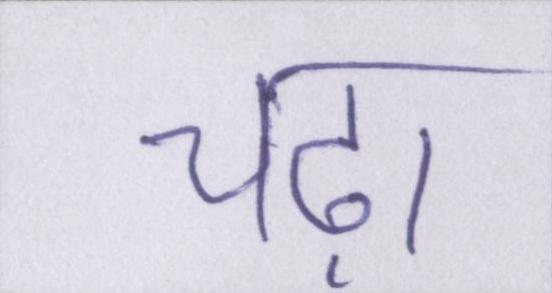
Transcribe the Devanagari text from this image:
चढ़ा